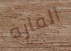
القارة